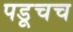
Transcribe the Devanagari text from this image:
पडूचच